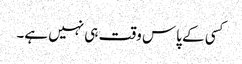
کسی کے پاس وقت ہی نہیں ہے۔